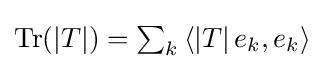
{\textstyle \operatorname {Tr} (|T|)=\sum _{k}\left\langle |T|\,e_{k},e_{k}\right\rangle }